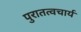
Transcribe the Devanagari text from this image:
पुरातत्वचार्य